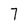
Character: 7